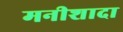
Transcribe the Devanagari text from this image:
मनीशादा